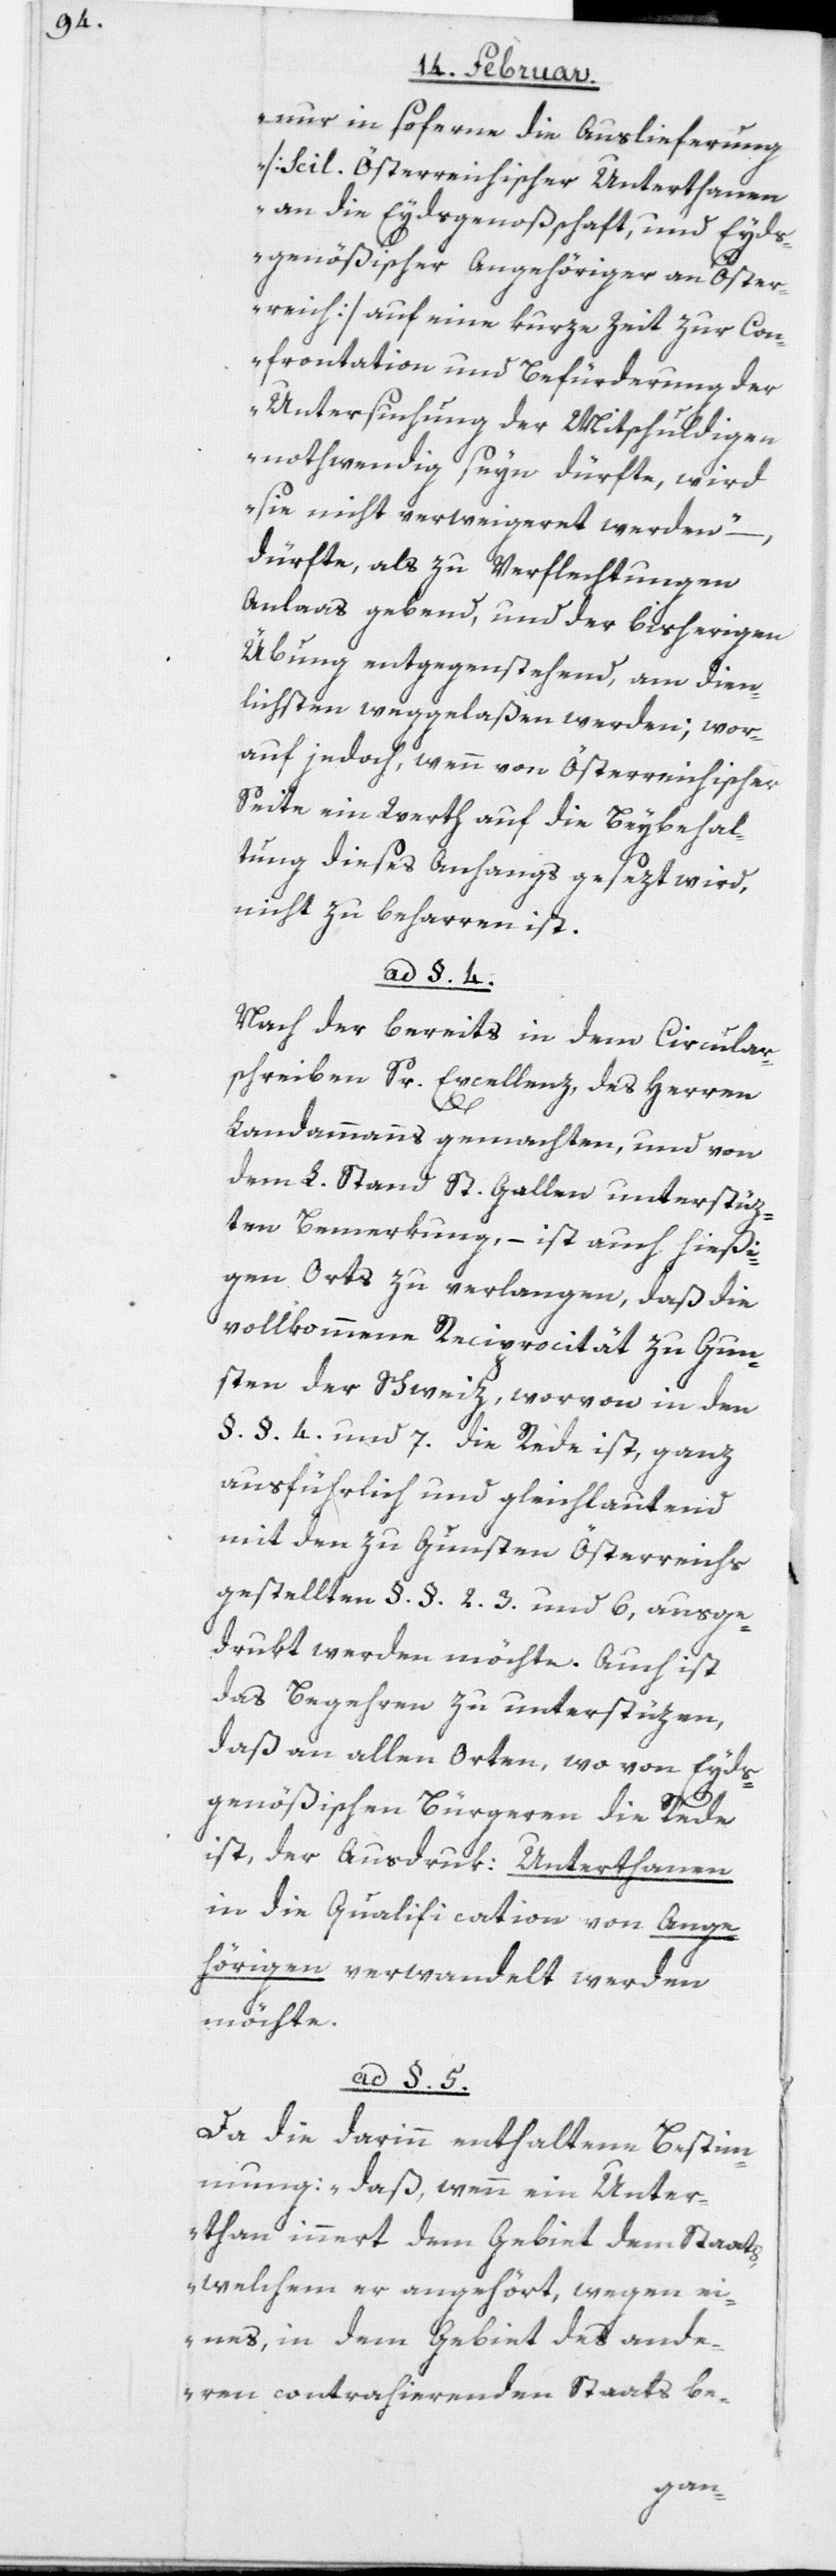
„nur in sofern die Auslieferung
[Scil. Österreichischer Unterthanen
an die Eydsgenoßschaft, und Eyds¬
genößischer Angehöriger an Öster¬
reich] auf eine kurze Zeit zur Con¬
frontation und Befürderung der
Untersuchung der Mitschuldigen
nothwendig seyn dürfte, wird
sie nicht verweigeret werden“ –,
dürfte, als zu Verflechtungen
Anlaas gebend, und der bisherigen
Übung entgegenstehend, am dien¬
lichsten weggelaßen werden; wor¬
auf jedoch, wenn von Österreichischer
Seite ein Werth auf die Beybehal¬
tung dieses Anhangs gesezt wird,
nicht zu beharren ist.
ad §. 4.
Nach der bereits in dem Circular¬
schreiben Sr. Excellenz, des Herren
Landammanns gemachten, und von
dem L. Stand St. Gallen unterstüz¬
ten Bemerkung, – ist auch hießi¬
gen Orts zu verlangen, daß die
vollommene Reciprocität zu Gun¬
sten der Schweiz, worvon in den
§. §. 4 und 7 die Rede ist, ganz
ausführlich und gleichlautend
mit den zu Gunsten Österreichs
gestellten §. §. 2, 3 und 6, ausge¬
drukt werden möchte. Auch ist
das Begehren zu unterstüzen,
daß an allen Orten, wo von Eyds¬
genößischen Bürgeren die Rede
ist, der Ausdruk Unterthanen
in die Qualification von Ange¬
hörigen verwandelt werden
möchte.
ad §. 5.
Da die darinn enthaltene Bestim¬
mung: „daß, wenn ein Unter¬
than innert dem Gebiet dem Staats,
welchem er angehört, wegen ei¬
nes, in dem Gebiet des ande¬
ren contrahierenden Staats be-